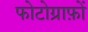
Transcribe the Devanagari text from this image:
फोटोग्राफ़ों